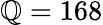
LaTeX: \mathbb{Q}=168